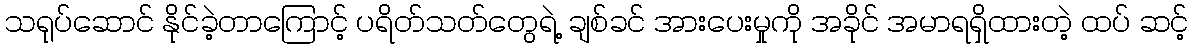
သရုပ်ဆောင် နိုင်ခဲ့တာကြောင့် ပရိတ်သတ်တွေရဲ့ ချစ်ခင် အားပေးမှုကို အခိုင် အမာရရှိထားတဲ့ ထပ် ဆင့်